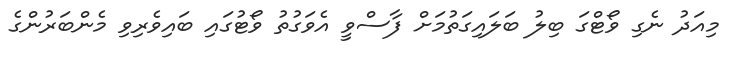
މިއަދު ނެގި ވޯޓްގަ ބިލު ބަލައިގަތުމަށް ފާސްވީ އެވަގުތު ވޯޓުގައި ބައިވެރިވި މެންބަރުންގެ